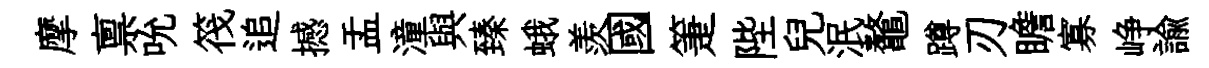
摩禀吮筏追撼盂潼與臻蛾羨國箑陛兒泯鼇蹲刃瞻寡峥諭